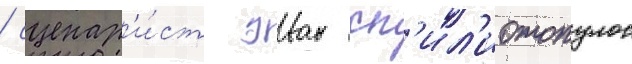
/ сценар'и́ст эван сп'ил'иотопулос